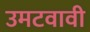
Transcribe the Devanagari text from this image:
उमटवावी